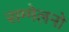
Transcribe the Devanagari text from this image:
सम्मेलनो